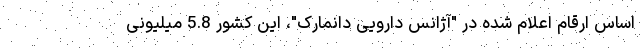
اساس ارقام اعلام شده در "آژانس دارویی دانمارک"، این کشور 5.8 میلیونی